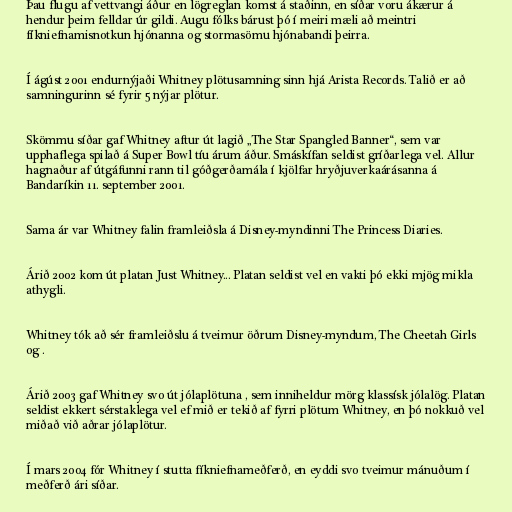
Þau flugu af vettvangi áður en lögreglan komst á staðinn, en síðar voru ákærur á
hendur þeim felldar úr gildi. Augu fólks bárust þó í meiri mæli að meintri
fíkniefnamisnotkun hjónanna og stormasömu hjónabandi þeirra.

Í ágúst 2001 endurnýjaði Whitney plötusamning sinn hjá Arista Records. Talið er að
samningurinn sé fyrir 5 nýjar plötur.

Skömmu síðar gaf Whitney aftur út lagið „The Star Spangled Banner“, sem var
upphaflega spilað á Super Bowl tíu árum áður. Smáskífan seldist gríðarlega vel. Allur
hagnaður af útgáfunni rann til góðgerðamála í kjölfar hryðjuverkaárásanna á
Bandaríkin 11. september 2001.

Sama ár var Whitney falin framleiðsla á Disney-myndinni The Princess Diaries.

Árið 2002 kom út platan Just Whitney... Platan seldist vel en vakti þó ekki mjög mikla
athygli.

Whitney tók að sér framleiðslu á tveimur öðrum Disney-myndum, The Cheetah Girls
og .

Árið 2003 gaf Whitney svo út jólaplötuna , sem inniheldur mörg klassísk jólalög. Platan
seldist ekkert sérstaklega vel ef mið er tekið af fyrri plötum Whitney, en þó nokkuð vel
miðað við aðrar jólaplötur.

Í mars 2004 fór Whitney í stutta fíkniefnameðferð, en eyddi svo tveimur mánuðum í
meðferð ári síðar.